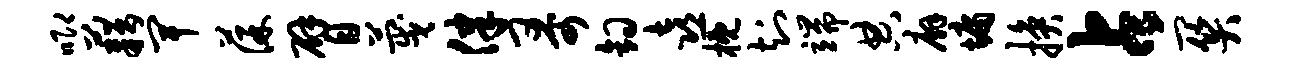
唧藉卑葆臂蔑律哥钩喜概知端典廨墉换占关